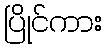
ပြိုင်ကား